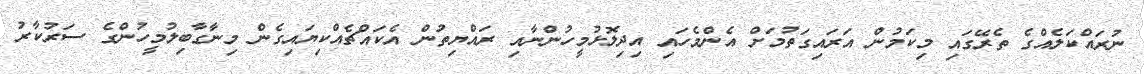
ނުރައްކަލެއްގެ ތެރޭގައި މިކަމުން އަރައިގަތުމަށް އެންމެހައި އިދިލޮޅުމީހުންނާއި ރައްޔިތުން އެކައްޗެއްކިޔައިގެން މިނާގާބިލުމީހުންގެ ސަރުކާރު